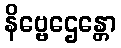
နိဗ္ဗေဌေန္တော